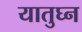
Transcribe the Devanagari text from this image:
यातुघ्न